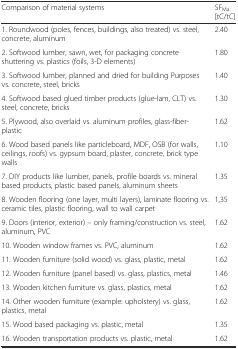
<table><thead><tr><td><b>Comparison of material systems</b></td><td><b>SF<sub>Ma</sub> [tC/tC]</b></td></tr></thead><tbody><tr><td>1. Roundwood (poles, fences, buildings, also treated) vs. steel, concrete, aluminum</td><td>2.40</td></tr><tr><td>2. Softwood lumber, sawn, wet, for packaging concrete shuttering vs. plastics (foils, 3-D elements)</td><td>1.80</td></tr><tr><td>3. Softwood lumber, planned and dried for building Purposes vs. concrete, steel, bricks</td><td>1.40</td></tr><tr><td>4. Softwood based glued timber products (glue-lam, CLT) vs. steel, concrete, bricks</td><td>1.30</td></tr><tr><td>5. Plywood, also overlaid vs. aluminum profiles, glass-fiber-plastic</td><td>1.62</td></tr><tr><td>6. Wood based panels like particleboard, MDF, OSB (for walls, ceilings, roofs) vs. gypsum board, plaster, concrete, brick type walls</td><td>1.10</td></tr><tr><td>7. DIY products like lumber, panels, profile boards vs. mineral based products, plastic based panels, aluminum sheets</td><td>1.35</td></tr><tr><td>8. Wooden flooring (one layer, multi layers), laminate flooring vs. ceramic tiles, plastic flooring, wall to wall carpet</td><td>1,35</td></tr><tr><td>9. Doors (interior, exterior) – only framing/construction vs. steel, aluminum, PVC</td><td>1.62</td></tr><tr><td>10. Wooden window frames vs. PVC, aluminum</td><td>1.62</td></tr><tr><td>11. Wooden furniture (solid wood) vs. glass, plastic, metal</td><td>1.62</td></tr><tr><td>12. Wooden furniture (panel based) vs. glass, plastics, metal</td><td>1.46</td></tr><tr><td>13. Wooden kitchen furniture vs. glass, plastics, metal</td><td>1.62</td></tr><tr><td>14. Other wooden furniture (example: upholstery) vs. glass, plastics, metal</td><td>1.62</td></tr><tr><td>15. Wood based packaging vs. plastic, metal</td><td>1.35</td></tr><tr><td>16. Wooden transportation products vs. plastic, metal</td><td>1.62</td></tr></tbody></table>